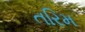
તરિમ